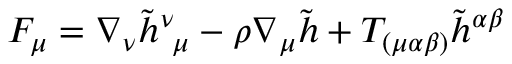
F _ { \mu } = \nabla _ { \nu } \tilde { h } _ { ~ \mu } ^ { \nu } - \rho \nabla _ { \mu } \tilde { h } + T _ { ( \mu \alpha \beta ) } \tilde { h } ^ { \alpha \beta }